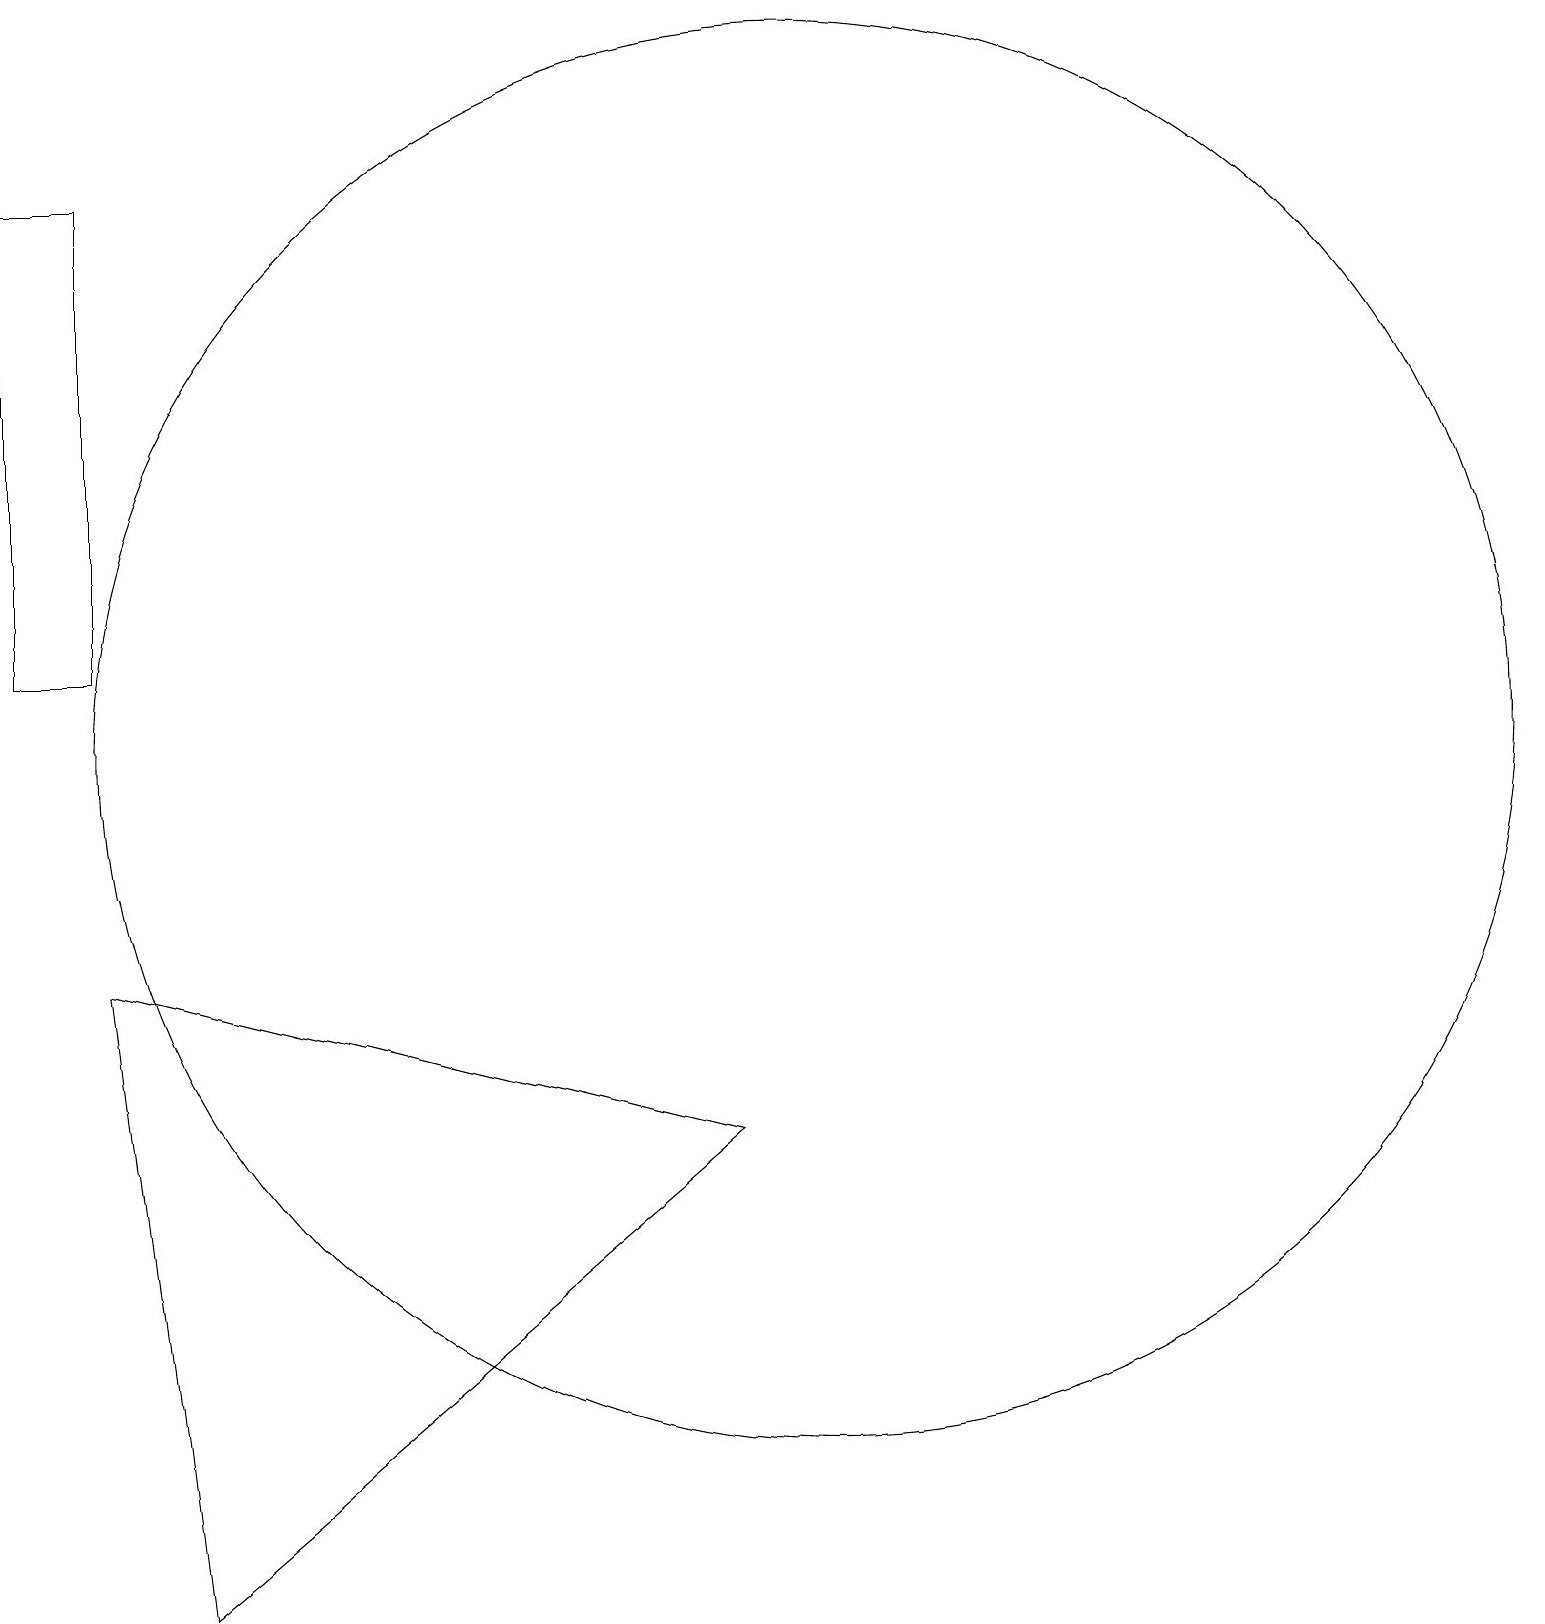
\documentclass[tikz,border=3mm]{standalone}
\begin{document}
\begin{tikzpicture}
\draw (10,11) circle (9);
\draw (9,6) -- (2,0) -- (1,8) -- cycle;
\draw (0,12) rectangle (1,18);
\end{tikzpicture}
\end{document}